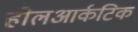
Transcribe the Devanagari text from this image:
होलआर्कटिक